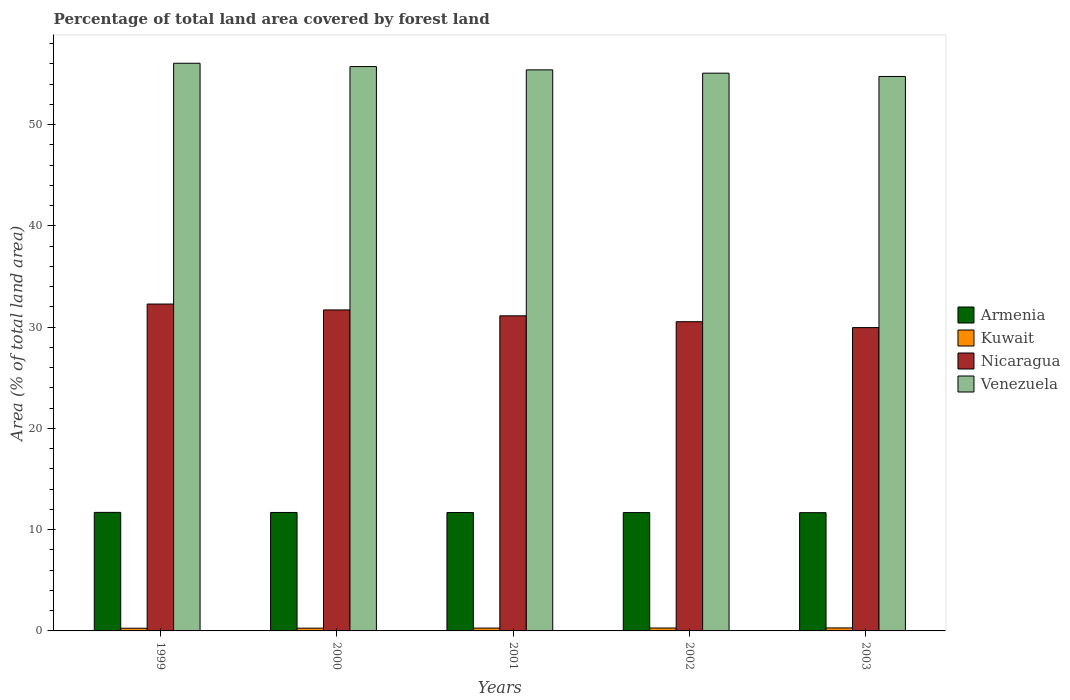
| Years | Armenia | Kuwait | Nicaragua | Venezuela |
 | --- | --- | --- | --- | --- |
 | 1999 | 11.7 | 0.264 | 32.3 | 56 |
 | 2000 | 11.7 | 0.272 | 31.7 | 55.7 |
 | 2001 | 11.7 | 0.28 | 31.1 | 55.4 |
 | 2002 | 11.7 | 0.288 | 30.5 | 55.1 |
 | 2003 | 11.7 | 0.296 | 29.9 | 54.7 |